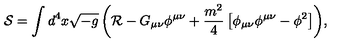
{ \mathcal { S } } = \int { d ^ { 4 } x \sqrt { - g } \left( { \mathcal { R } } - G _ { \mu \nu } \phi ^ { \mu \nu } + \frac { m ^ { 2 } } { 4 } \left[ \phi _ { \mu \nu } \phi ^ { \mu \nu } - \phi ^ { 2 } \right] \right) } ,